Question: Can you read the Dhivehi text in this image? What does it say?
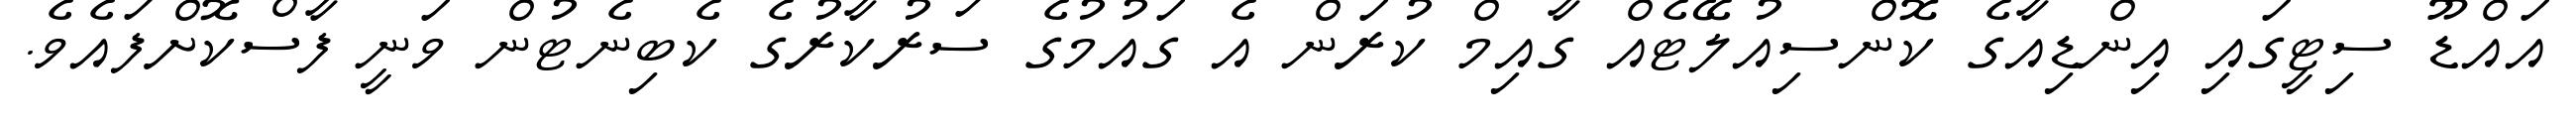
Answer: އައްޑޫ ސިޓީގައި އިންޑިއާގެ ކޮންސިއުލޭޓެއް ގާއިމް ކުރަން އެ ގައުމުގެ ސަރުކާރުގެ ކެބިނެޓުން ވަނީ ފާސްކޮށްފައެވެ.